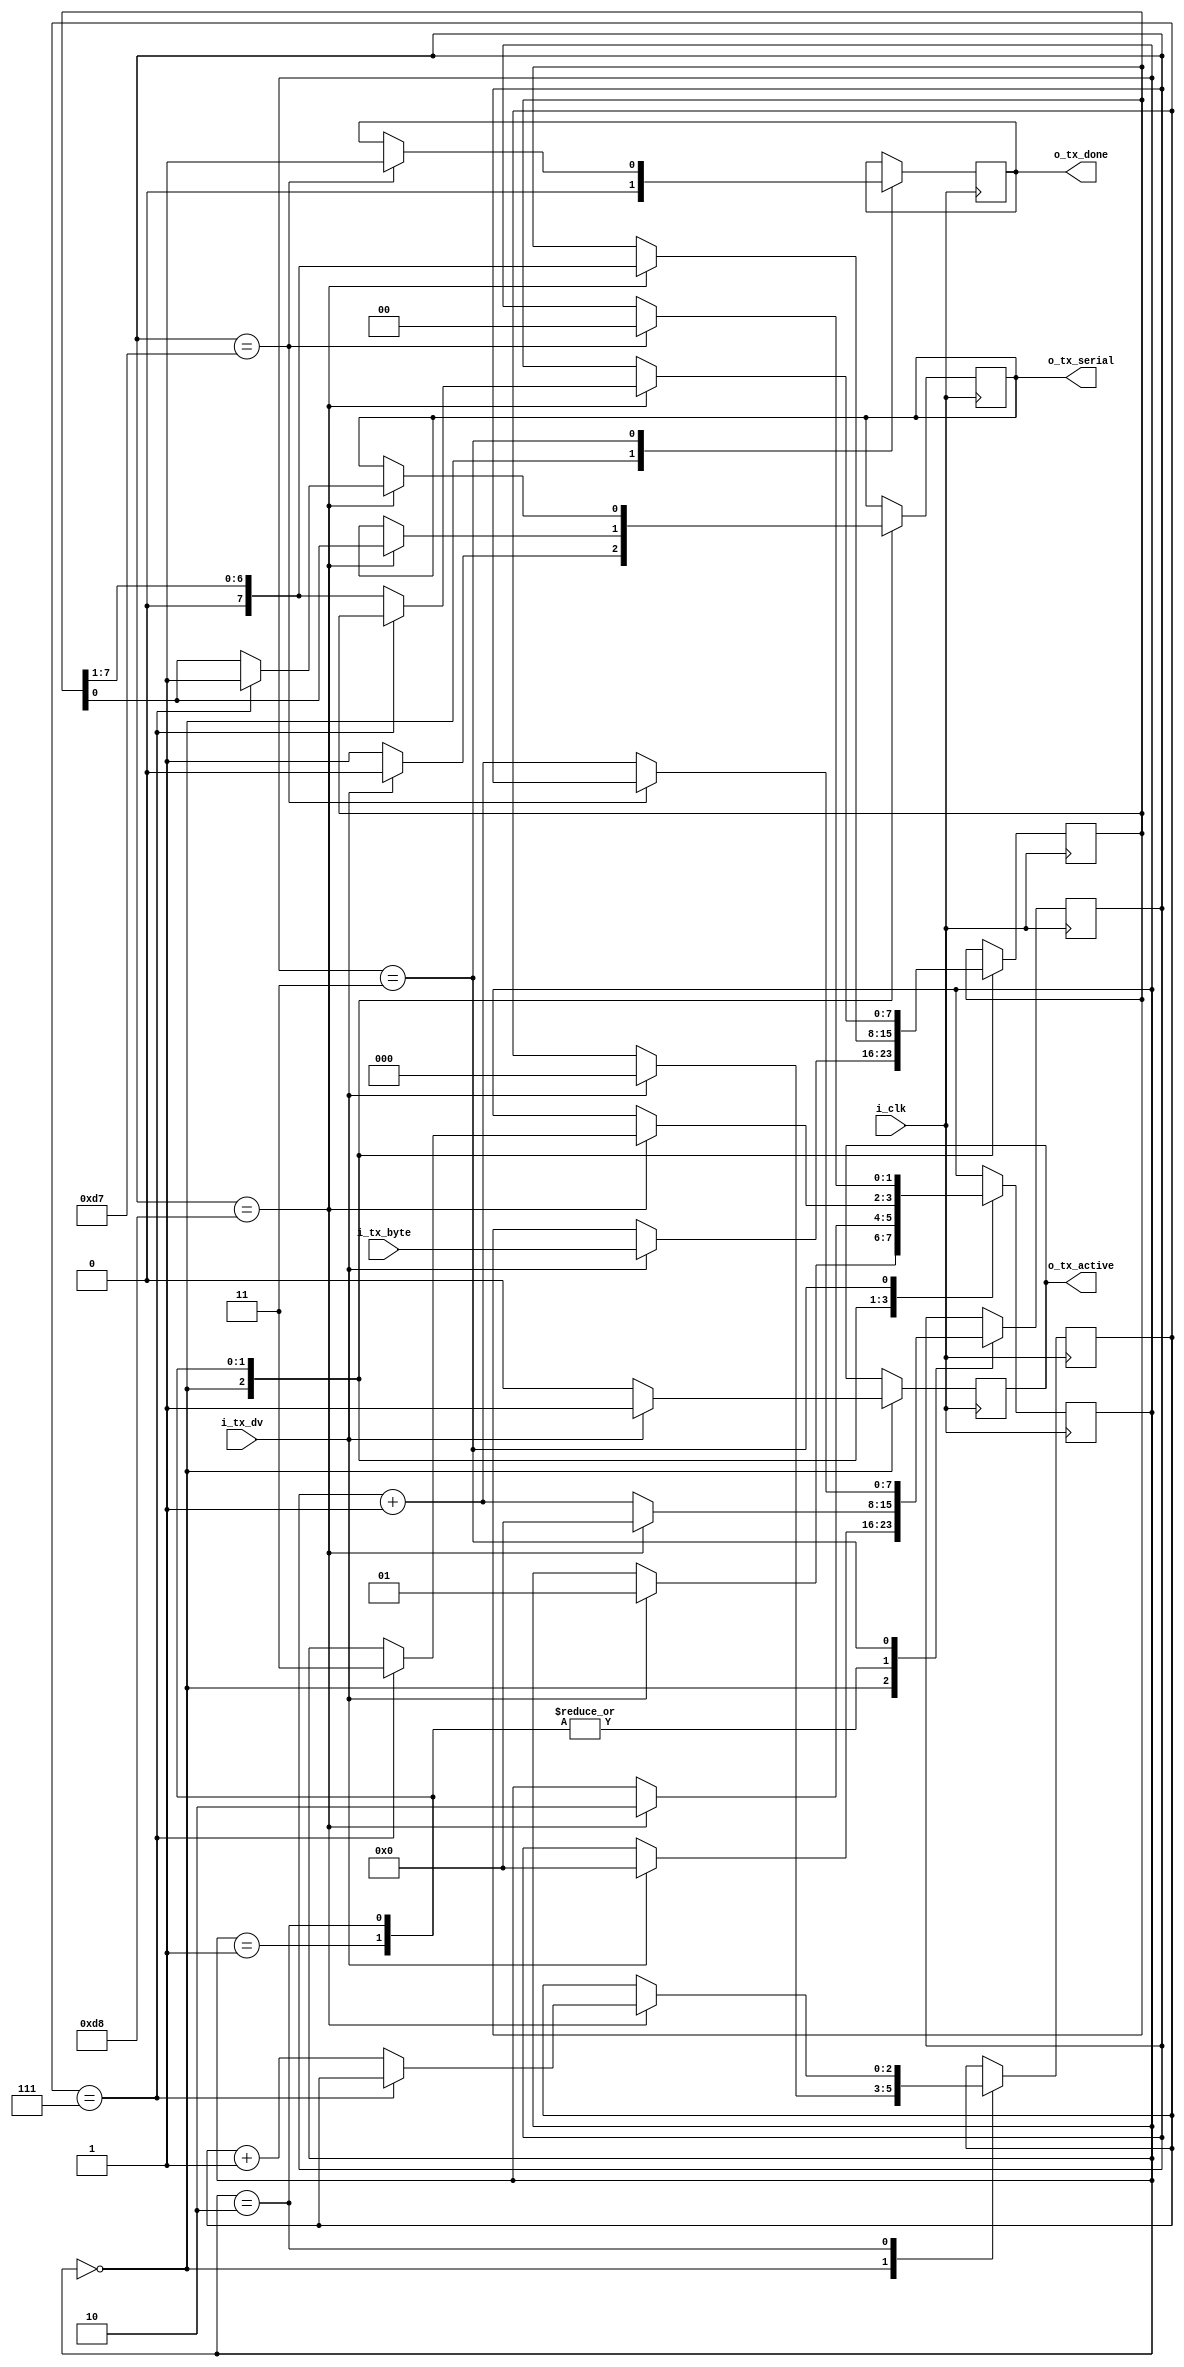
module UART_Transmitter #(
  parameter CYCLES_PER_BIT = 217
) (
  input         i_clk,
  input [7:0]   i_tx_byte,
  input         i_tx_dv,
  output        o_tx_serial,
  output        o_tx_active,
  output        o_tx_done
);

  localparam STATE_INIT       = 2'd0;
  localparam STATE_START_BIT  = 2'd1;
  localparam STATE_DATA_BITS  = 2'd2;
  localparam STATE_STOP_BIT   = 2'd3;

  localparam COUNT_WIDTH = $clog2(CYCLES_PER_BIT);

  reg [7:0]     r_tx_byte;
  reg           r_tx_serial;
  reg           r_tx_active;
  reg           r_tx_done;

  reg [1:0]     r_state;
  reg [COUNT_WIDTH-1:0] r_count = 0;
  reg [2:0]   r_bit_count = 0;

  always @(posedge i_clk) begin
    case (r_state)
      STATE_INIT : begin
        r_tx_done <= 0;
        if (i_tx_dv) begin
          r_state <= STATE_START_BIT;
          r_tx_byte <= i_tx_byte;
          r_tx_serial <= 0;
          r_tx_active <= 1;
          r_count <= 0;
          r_bit_count <= 0;
        end else begin
          r_tx_active <= 0;
          r_tx_serial <= 1;
        end
      end

      STATE_START_BIT : begin
        if (r_count == CYCLES_PER_BIT-1) begin
          r_state <= STATE_DATA_BITS;
          r_tx_serial <= r_tx_byte[0];
          r_tx_byte <= r_tx_byte >> 1;
          r_count <= 0;
        end else begin
          r_count <= r_count + 1;
        end
      end

      STATE_DATA_BITS : begin
        if (r_count == CYCLES_PER_BIT-1) begin
          r_count <= 0;
          if (r_bit_count == 7) begin
            r_state <= STATE_STOP_BIT;
            r_tx_serial <= 1;
          end else begin
            r_tx_serial <= r_tx_byte[0];
            r_tx_byte <= r_tx_byte >> 1;
            r_bit_count <= r_bit_count + 1;
          end
        end else begin
          r_count <= r_count + 1;
        end
      end

      STATE_STOP_BIT : begin
        if (r_count == CYCLES_PER_BIT-2) begin
          r_tx_done <= 1;
          r_state <= STATE_INIT;
        end else begin
          r_count <= r_count + 1;
        end
      end

      default: r_state <= STATE_INIT;
    endcase
  end

  assign o_tx_serial = r_tx_serial;
  assign o_tx_active = r_tx_active;
  assign o_tx_done = r_tx_done;
  
endmodule